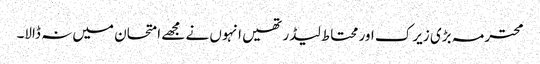
محترمہ بڑی زیرک اور محتاط لیڈر تھیں انہوں نے مجھے امتحان میں نہ ڈالا۔